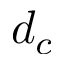
d _ { c }